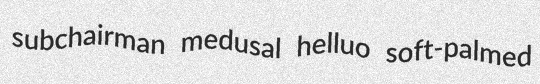
subchairman medusal helluo soft-palmed